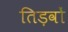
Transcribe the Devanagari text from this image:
तिड़वों